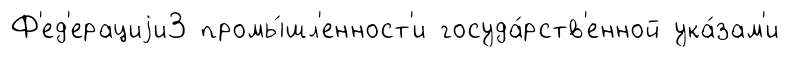
Ф'ед'ерациjи3 промы́шл'енност'и госуда́рств'енной ука́зам'и